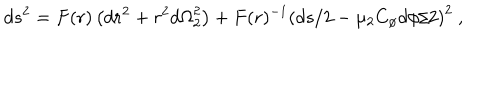
d s ^ { 2 } = F ( r ) \left( { d r } ^ { 2 } + r ^ { 2 } { d \Omega } _ { 2 } ^ { 2 } \right) + F ( r ) ^ { - 1 } \left( { d s } / 2 - \mu _ { 2 } C _ { \phi } { d \phi } / 2 \right) ^ { 2 } \ ,